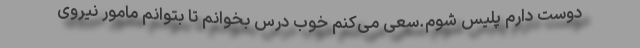
دوست دارم پلیس شوم.سعی می‌کنم خوب درس بخوانم تا بتوانم مامور نیروی